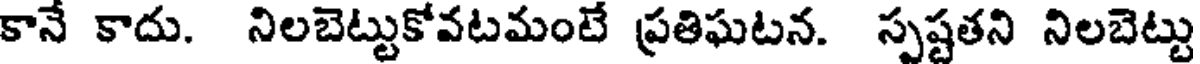
కానే కాదు. నిలబెట్టుకోవటమంటే ప్రతిఘటన. స్పష్టతని నిలబెట్టు